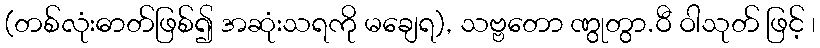
(တစ်လုံးဓာတ်ဖြစ်၍ အဆုံးသရကို မချေရ), သဗ္ဗတော ဏွုတွာ.ဝီ ဝါသုတ် ဖြင့် ၊